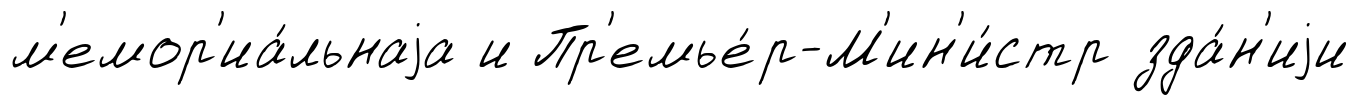
м'емор'иа́льнаjа и Пр'емье́р-М'ин'и́стр зда́н'иjи